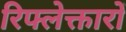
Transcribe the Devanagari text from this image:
रिफ्लेक्तारों